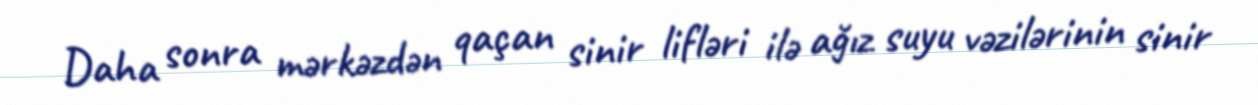
Daha sonra mərkəzdən qaçan sinir lifləri ilə ağız suyu vəzilərinin sinir